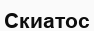
Скиатос